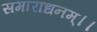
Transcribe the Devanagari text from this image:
समाराधनम्।।